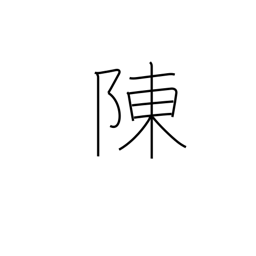
Meaning: explain